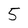
Character: 5